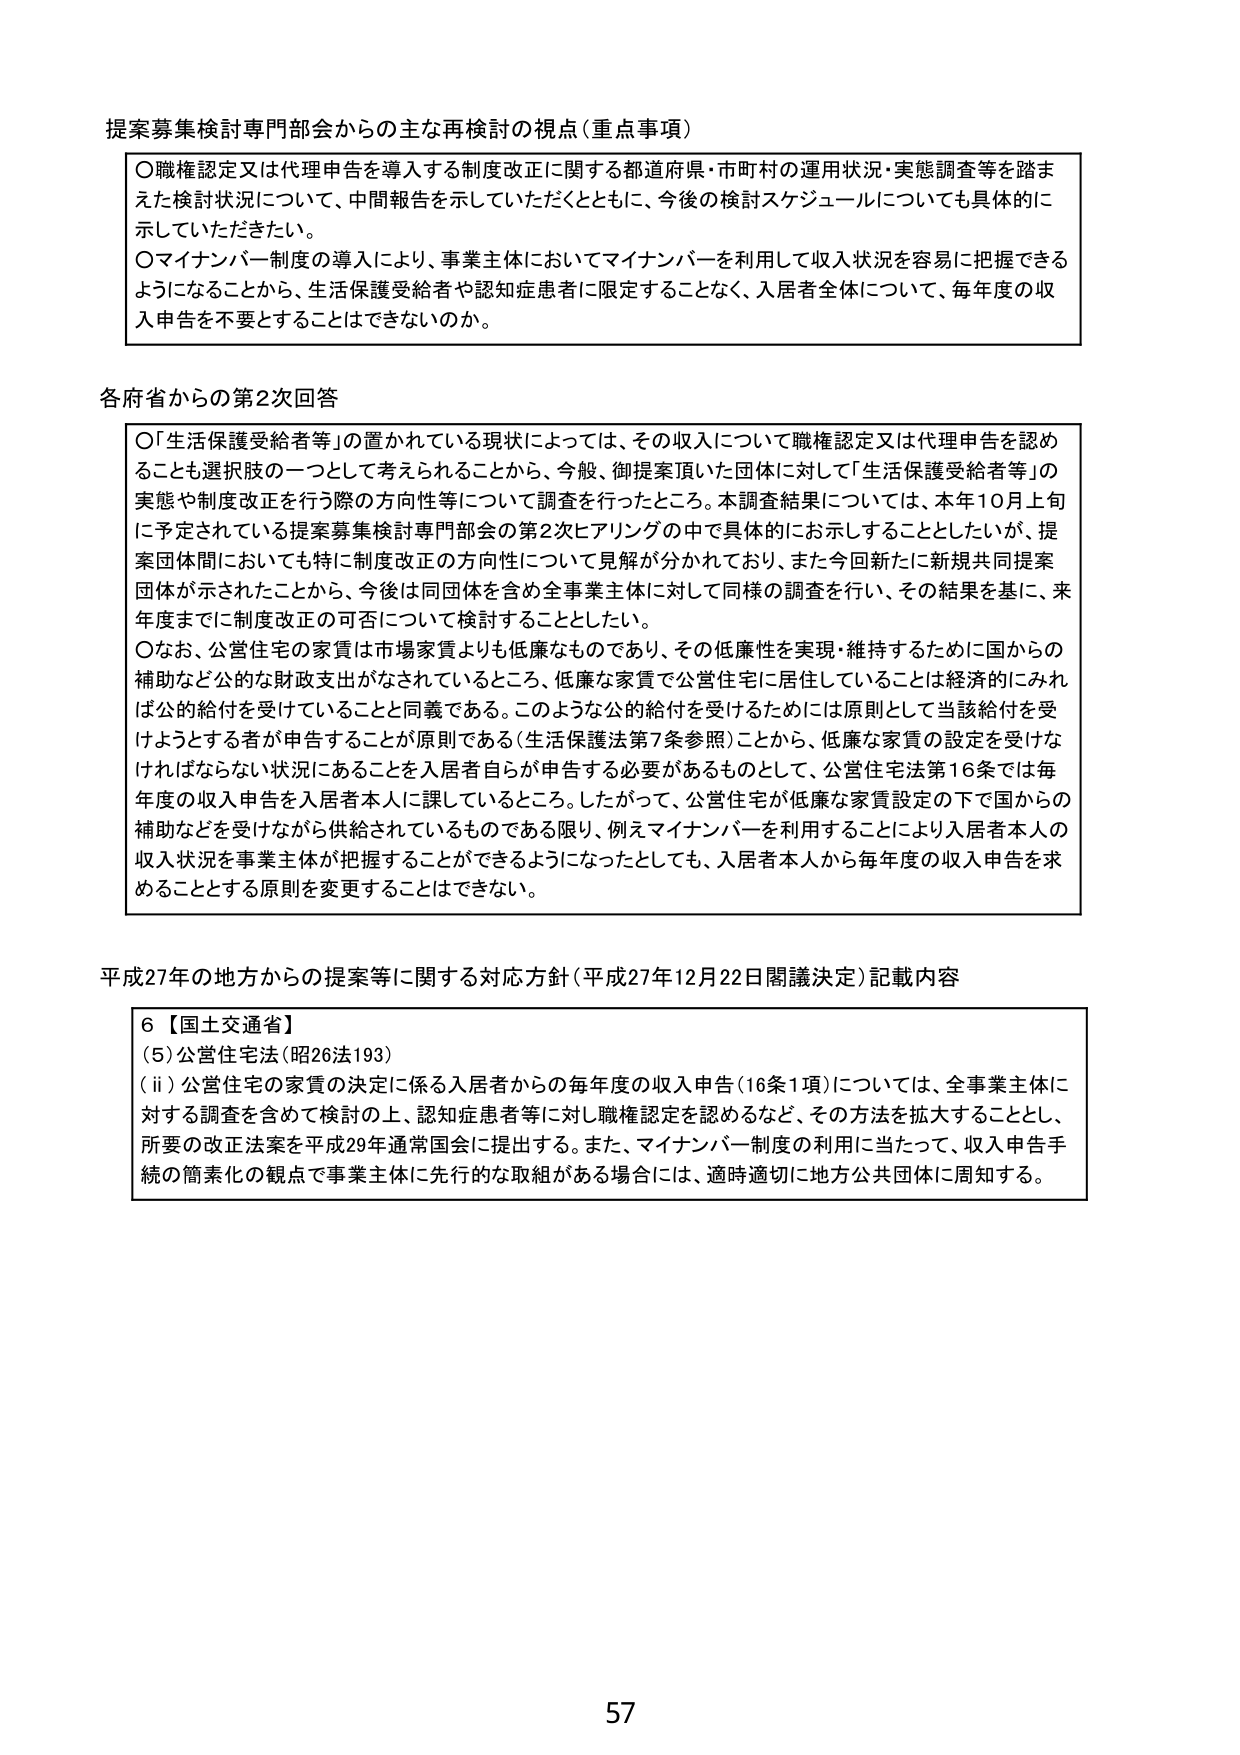
提案募集検討専門部会からの主な再検討の視点（重点事項）

〇職権認定又は代理申告を導入する制度改正に関する都道府県・市町村の運用状況・実態調査等を踏まえた検討状況について、中間報告を示していただくとともに、今後の検討スケジュールについても具体的に示していただきたい。

〇マイナンバー制度の導入により、事業主体においてマイナンバーを利用して収入状況を容易に把握できるようになることから、生活保護受給者や認知症患者に限定することなく、入居者全体について、毎年度の収入申告を不要とすることはできないのか。

各府省からの第2次回答

〇「生活保護受給者等」の置かれている現状によっては、その収入について職権認定又は代理申告を認めることも選択肢の一つとして考えられることから、今般、御提案頂いた団体に対して「生活保護受給者等」の実態や制度改正を行う際の方向性等について調査を行ったところ。本調査結果については、本年10月上旬に予定されている提案募集検討専門部会の第2次ヒアリングの中で具体にお示しすることとしたいが、提案団体間においても特に制度改正の方向性について見解が分かれており、また今回新たに新規共同提案団体が示されたことから、今後は同団体を含め全事業主体に対して同様の調査を行い、その結果を基に、来年度までに制度改正の可否について検討することとしたい。

〇なお、公営住宅の家賃は市場家賃よりも低廉なものであり、その低廉性を実現・維持するために国からの補助など公的な財政支出がなされているところ、低廉な家賃で公営住宅に居住していることは経済的にみれば公的給付を受けていることと同義である。このような公的給付を受けるためには原則として当該給付を受けようとする者が申告することが原則である（生活保護法第7条参照）ことから、低廉な家賃の設定を受けなければならない状況にあることを入居者自らが申告する必要があるものとして、公営住宅法第16条では毎年度の収入申告を入居者本人に課しているところ。したがって、公営住宅が低廉な家賃設定の下で国からの補助などを受けるながら供給されているものである限り、例えマイナンバーを利用することにより入居者本人の収入状況を事業主体が把握することができるようになったとしても、入居者本人から毎年度の収入申告を求めるこ ととする原則を変更することはできない。

平成27年の地方からの提案等に関する対応方針（平成27年12月22日閣議決定）記載内容

6【国土交通省】
（5）公営住宅法（昭26法193）
（ii）公営住宅の家賃の決定に係る入居者からの毎年度の収入申告（16条1項）については、全事業主体に対する調査を含めて検討の上、認知症患者等に対し職権認定を認めるなど、その方法を拡大することとし、所要の改正法案を平成29年通常国会に提出する。また、マイナンバー制度の利用に当たって、収入申告手続の簡素化の観点で事業主体に先行的な取組がある場合には、適時適切に地方公共団体に周知する。

57